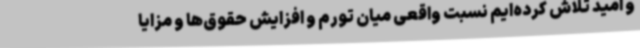
و امید تلاش کرده‌ایم نسبت واقعی میان تورم و افزایش حقوق‌ها و مزایا